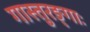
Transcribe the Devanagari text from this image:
गास्तुरङ्गाः